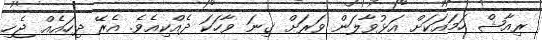
ރިއާޝް ހަމައަކަށް އަޅުވާލަން ވަރަށް ގިނަ ވާހަކަ ދެއްކިއެވެ. އެރޭ ދިހައެއް ޖެހި